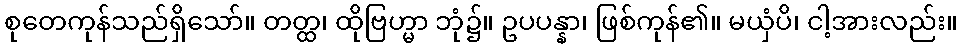
စုတေကုန်သည်ရှိသော်။ တတ္ထ၊ ထိုဗြဟ္မာ ဘုံ၌။ ဥပပန္နာ၊ ဖြစ်ကုန်၏။ မယှံပိ၊ ငါ့အားလည်း။